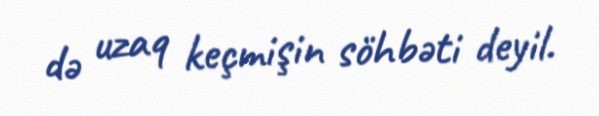
də uzaq keçmişin söhbəti deyil.